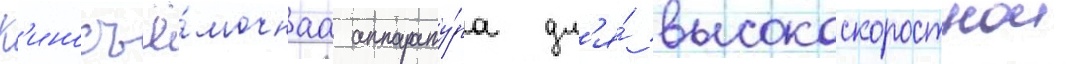
К'иносъё́мочнаа аппарату́ра дл'я́ высокоскоростнои